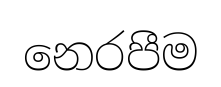
නෙරපීම